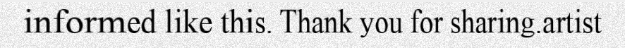
informed like this. Thank you for sharing.artist